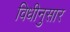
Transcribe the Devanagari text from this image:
विधीनुसार